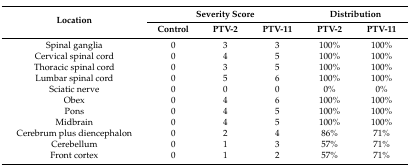
<table><thead><tr><td rowspan="2"><b>Location</b></td><td colspan="3"><b>Severity Score</b></td><td colspan="2"><b>Distribution</b></td></tr><tr><td><b>Control</b></td><td><b>PTV-2</b></td><td><b>PTV-11</b></td><td><b>PTV-2</b></td><td><b>PTV-11</b></td></tr></thead><tbody><tr><td>Spinal ganglia</td><td>0</td><td>3</td><td>3</td><td>100%</td><td>100%</td></tr><tr><td>Cervical spinal cord</td><td>0</td><td>4</td><td>5</td><td>100%</td><td>100%</td></tr><tr><td>Thoracic spinal cord</td><td>0</td><td>3</td><td>5</td><td>100%</td><td>100%</td></tr><tr><td>Lumbar spinal cord</td><td>0</td><td>5</td><td>6</td><td>100%</td><td>100%</td></tr><tr><td>Sciatic nerve</td><td>0</td><td>0</td><td>0</td><td>0%</td><td>0%</td></tr><tr><td>Obex</td><td>0</td><td>4</td><td>6</td><td>100%</td><td>100%</td></tr><tr><td>Pons</td><td>0</td><td>4</td><td>5</td><td>100%</td><td>100%</td></tr><tr><td>Midbrain</td><td>0</td><td>4</td><td>5</td><td>100%</td><td>100%</td></tr><tr><td>Cerebrum plus diencephalon</td><td>0</td><td>2</td><td>4</td><td>86%</td><td>71%</td></tr><tr><td>Cerebellum</td><td>0</td><td>1</td><td>3</td><td>57%</td><td>71%</td></tr><tr><td>Front cortex</td><td>0</td><td>1</td><td>2</td><td>57%</td><td>71%</td></tr></tbody></table>